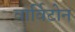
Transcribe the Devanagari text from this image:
वार्विटोन